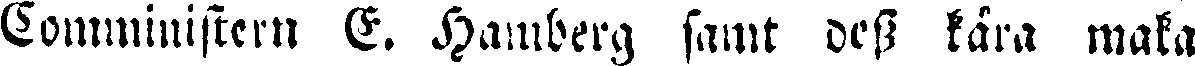
Comministern E. Hamberg samt dess kära maka